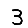
Digit: 3